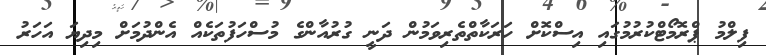
ފިލްމު ޕްރޮމޯޓްކުރުމުގައި އިސްކޮށް ހަރަކާތްތެރިވަމުން ދަނީ ގުރުއާންގެ މުސްހަފުތަކެއް އެންދުމަށް މިދިޔަ އަހަރު